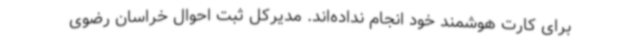
برای کارت هوشمند خود انجام نداده‌اند. مدیرکل ثبت احوال خراسان رضوی